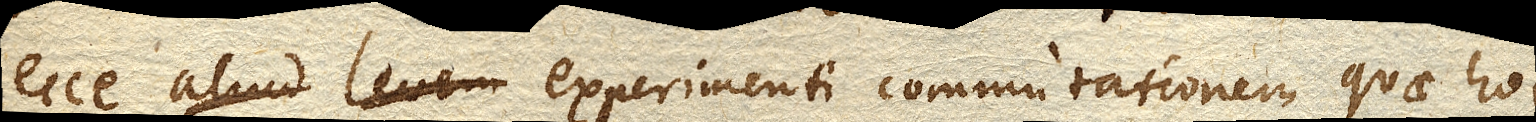
ecce aliud levem experimenti commutationem quae hoc